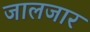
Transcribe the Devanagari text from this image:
जालजार